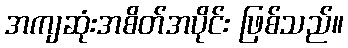
အကျဆုံးအစိတ်အပိုင်း ဖြစ်သည်။